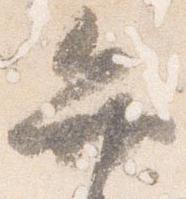
弁